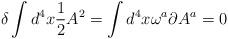
LaTeX: \begin{align*}\delta \int d^{4}x\frac{1}{2}A^{2}=\int d^{4}x\omega ^{a}\partial A^{a}=0\end{align*}